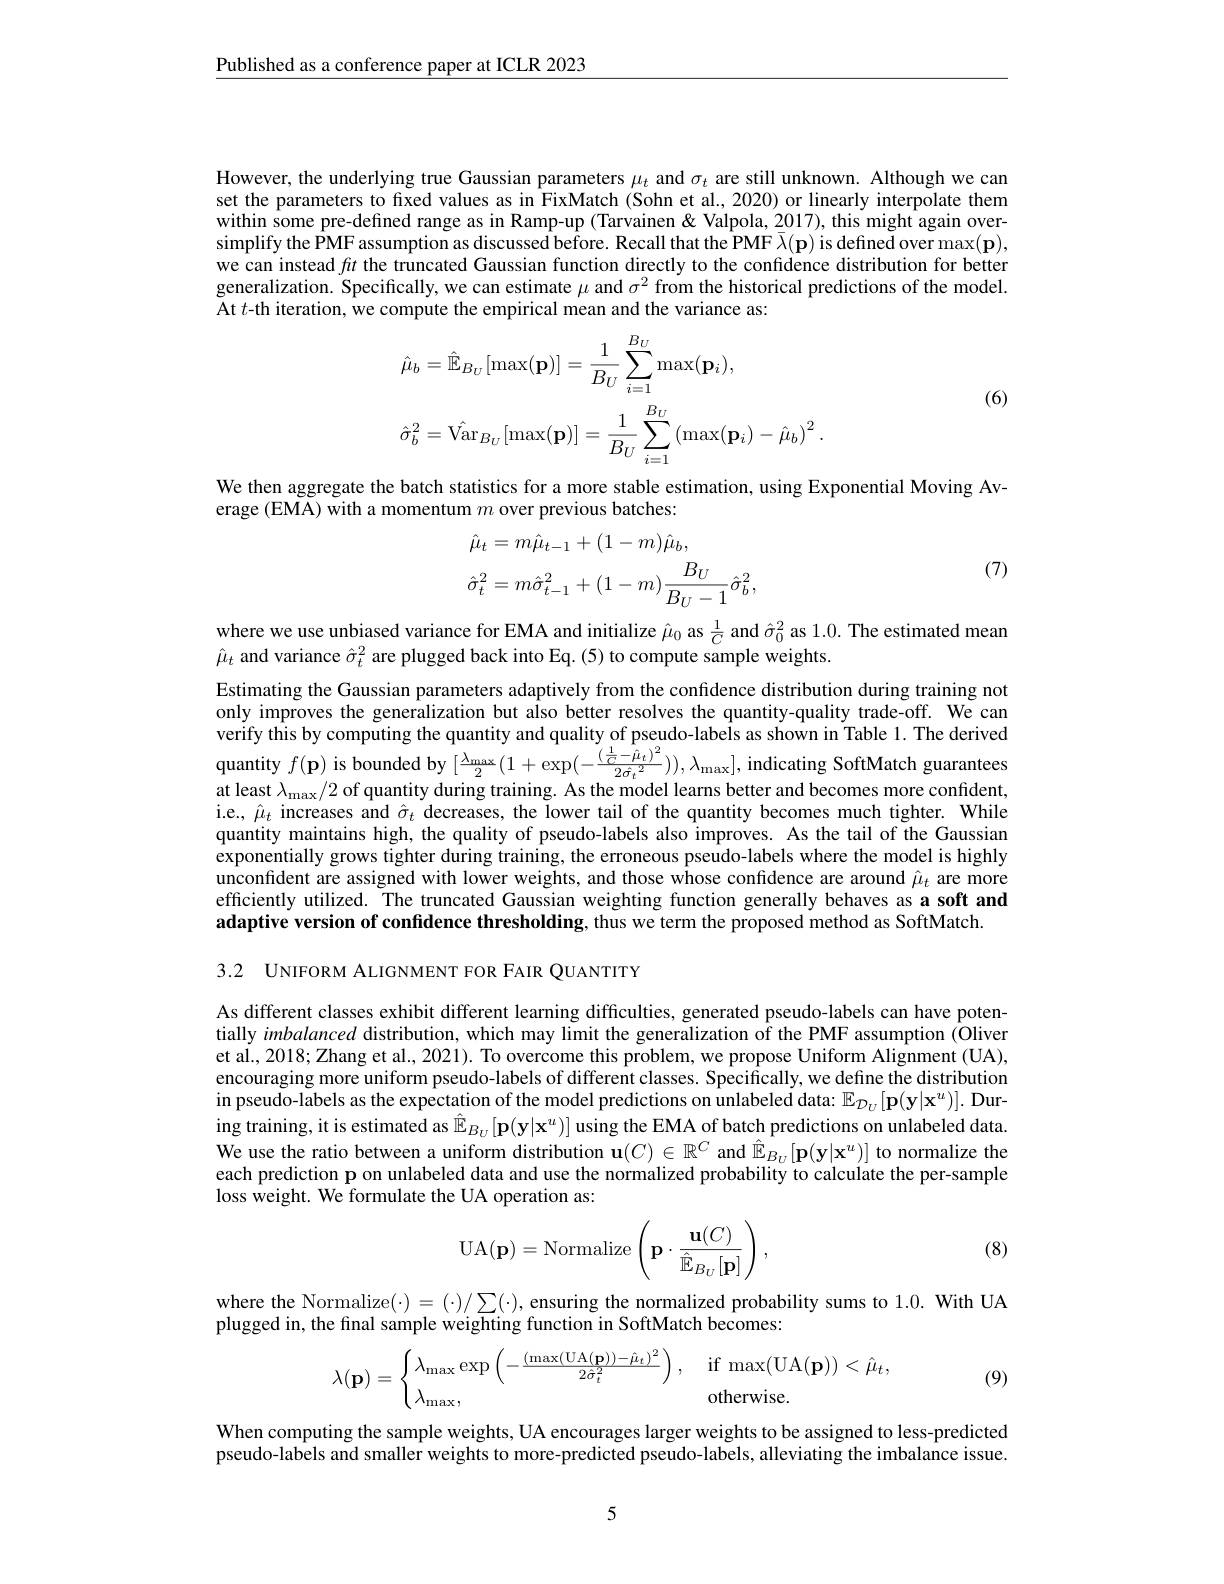
Published as a conference paper at ICLR 2023

However, the underlying true Gaussian parameters $\mu_t$ and $\sigma_t$ are still unknown. Although we can set the parameters to fixed values as in FixMatch (Sohn et al., 2020) or linearly interpolate them within some pre-defined range as in Ramp-up (Tarvainen& Valpola, 2017), this might again oversimplify the PMF assumption as discussed before. Recall that the PMF $\overline{\lambda}(\mathbf{p})$ is defined over $\max(\mathbf{p})$, we can instead $ft$ the truncated Gaussian function directly to the confidence distribution for better generalization. Specifically, we can estimate $\mu$ and $\sigma^2$ from the historical predictions of the model. At $t$-th iteration, we compute the empirical mean and the variance as:
$$\begin{aligned}&\hat{\mu}_{b}=\hat{\mathbb{E}}_{B_{U}}[\max(\mathbf{p})]=\frac{1}{B_{U}}\sum_{i=1}^{B_{U}}\max(\mathbf{p}_{i}),\\&\hat{\sigma}_{b}^{2}=\hat{\mathrm{Var}}_{B_{U}}[\max(\mathbf{p})]=\frac{1}{B_{U}}\sum_{i=1}^{B_{U}}\left(\max(\mathbf{p}_{i})-\hat{\mu}_{b}\right)^{2}.\end{aligned}$$
(6)

We then aggregate the batch statistics for a more stable estimation, using Exponential Moving Av-
erage (EMA) with a momentum $m$ over previous batches:
$$\begin{aligned}&\hat{\mu}_{t}=m\hat{\mu}_{t-1}+(1-m)\hat{\mu}_{b},\\&\hat{\sigma}_{t}^{2}=m\hat{\sigma}_{t-1}^{2}+(1-m)\frac{B_{U}}{B_{U}-1}\hat{\sigma}_{b}^{2},\end{aligned}$$
(7)

where we use unbiased variance for EMA and initialize $\hat{\mu}_0$ as $\frac1C$ and $\hat{\sigma}_0^2$ as 1.0. The estimated mean
$\hat{\mu}_t$ and variance $\hat{\sigma}_t^2$ are plugged back into Eq. (5) to compute sample weights.

Estimating the Gaussian parameters adaptively from the confidence distribution during training not only improves the generalization but also better resolves the quantity-quality trade-off. We can verify this by computing the quantity and quality of pseudo-labels as shown in Table 1. The derived quantity $f(\mathbf{p})$ is bounded by $[\frac{\lambda_{\max}}2(1+\exp(-\frac{(\frac1C-\hat{\rho}_t)^2}{2\hat{\sigma}_t^2})),\lambda_{\max}]$, indicating SoftMatch guarantees at least $\lambda_{\mathrm{s}}=\sqrt{2}$ of ouanti at least $\lambda_\mathrm{max}/2$ of quantity during training. As the model learns better and becomes more confident, i.e., $\hat{\mu}_t$ increases and $\hat{\sigma}_t$ decreases, the lower tail of the quantity becomes much tighter. While quantity maintains high, the quality of pseudo-labels also improves. As the tail of the Gaussian exponentially grows tighter during training, the erroneous pseudo-labels where the model is highly unconfident are assigned with lower weights, and those whose confidence are around $\hat{\mu}_t$ are more efficiently utilized. The truncated Gaussian weighting function generally behaves as a soft and adaptive version of confidence thresholding, thus we term the proposed method as SoftMatch.

3.2 UNIFORM ALIGNMENT FOR FAIR QUANTITY

As different classes exhibit different learning difficulties, generated pseudo-labels can have potentially imbalanced distribution, which may limit the generalization of the PMF assumption (Oliver et al., 2018; Zhang et al., 2021). To overcome this problem, we propose Uniform Alignment (UA), encouraging more uniform pseudo-labels of different classes. Specifically, we define the distribution in pseudo-labels as the expectation of the model predictions on unlabeled data: $\mathbb{E}_{\mathcal{D}_U}[\mathbf{p}(\mathbf{y}|\mathbf{x}^u)].$ During training, it is estimated as $\hat{\mathbb{E}}_{B_U}[\mathbf{p}(\mathbf{y}|\mathbf{x}^u)]$ using the EMA of batch predictions on unlabeled data. We use the ratio between a uniform distribution $\mathbf{u}(C)\in\mathbb{R}^C$ and $\hat{\mathbb{E}}_{B_U}[\mathbf{p}(\mathbf{y}|\mathbf{x}^u)]$ to normalize the each prediction p on unlabeled data and use the normalized probability to calculate the per-sample loss weight. We formulate the UA operation as:

(8)
$$\mathrm{UA}(\mathbf{p})=\mathrm{Normalize}\left(\mathbf{p}\cdot\frac{\mathbf{u}(C)}{\hat{\mathbb{E}}_{B_{U}}[\mathbf{p}]}\right),$$
where the Normalize(·) $=(\cdot)/\sum(\cdot)$, ensuring the normalized probability sums to 1.0. With UA
plugged in, the final sample weighting function in SoftMatch becomes:
$$\lambda(\mathbf{p})=\begin{cases}\lambda_{\max}\exp\left(-\frac{(\max(\mathrm{UA}(\mathbf{p}))-\hat{\mu}_t)^2}{2\hat{\sigma}_t^2}\right),&\text{if}\max(\mathrm{UA}(\mathbf{p}))<\hat{\mu}_t,\\\lambda_{\max},&\text{otherwise.}\end{cases}$$
(9)

When computing the sample weights, UA encourages larger weights to be assigned to less-predicted pseudo-labels and smaller weights to more-predicted pseudo-labels, alleviating the imbalance issue.

5